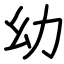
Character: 幼